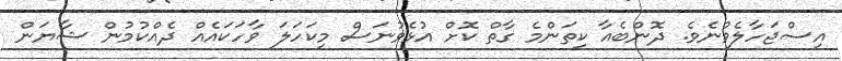
އިސްޖަހާލެވުނެވެ. ދޮންބެއާ ކިތަންމެ ގާތް ކޮށް އުޅެވުނަސް މިކަހަލަ ވާހަކައެއް ދެއްކުމުން ޝާޔަން